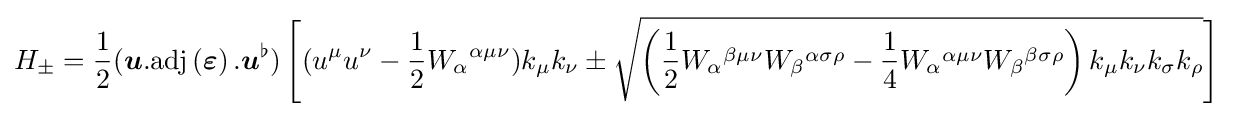
H_{\pm }={\frac {1}{2}}({\boldsymbol {u}}.\mathrm {adj} \left({\boldsymbol {\varepsilon }}\right).{\boldsymbol {u}}^{\flat })\left[(u^{\mu }u^{\nu }-{\frac {1}{2}}W_{\alpha }{}^{\alpha \mu \nu })k_{\mu }k_{\nu }\pm {\sqrt {\left({\frac {1}{2}}W_{\alpha }{}^{\beta \mu \nu }W_{\beta }{}^{\alpha \sigma \rho }-{\frac {1}{4}}W_{\alpha }{}^{\alpha \mu \nu }W_{\beta }{}^{\beta \sigma \rho }\right)k_{\mu }k_{\nu }k_{\sigma }k_{\rho }}}\right]